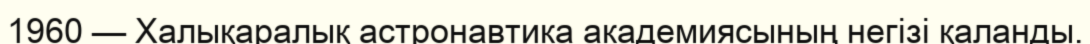
1960 — Халықаралық астронавтика академиясының негізі қаланды.